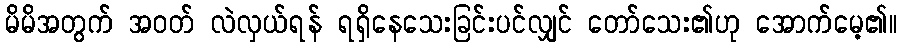
မိမိအတွက် အဝတ် လဲလှယ်ရန် ရရှိနေသေးခြင်းပင်လျှင် တော်သေး၏ဟု အောက်မေ့၏။